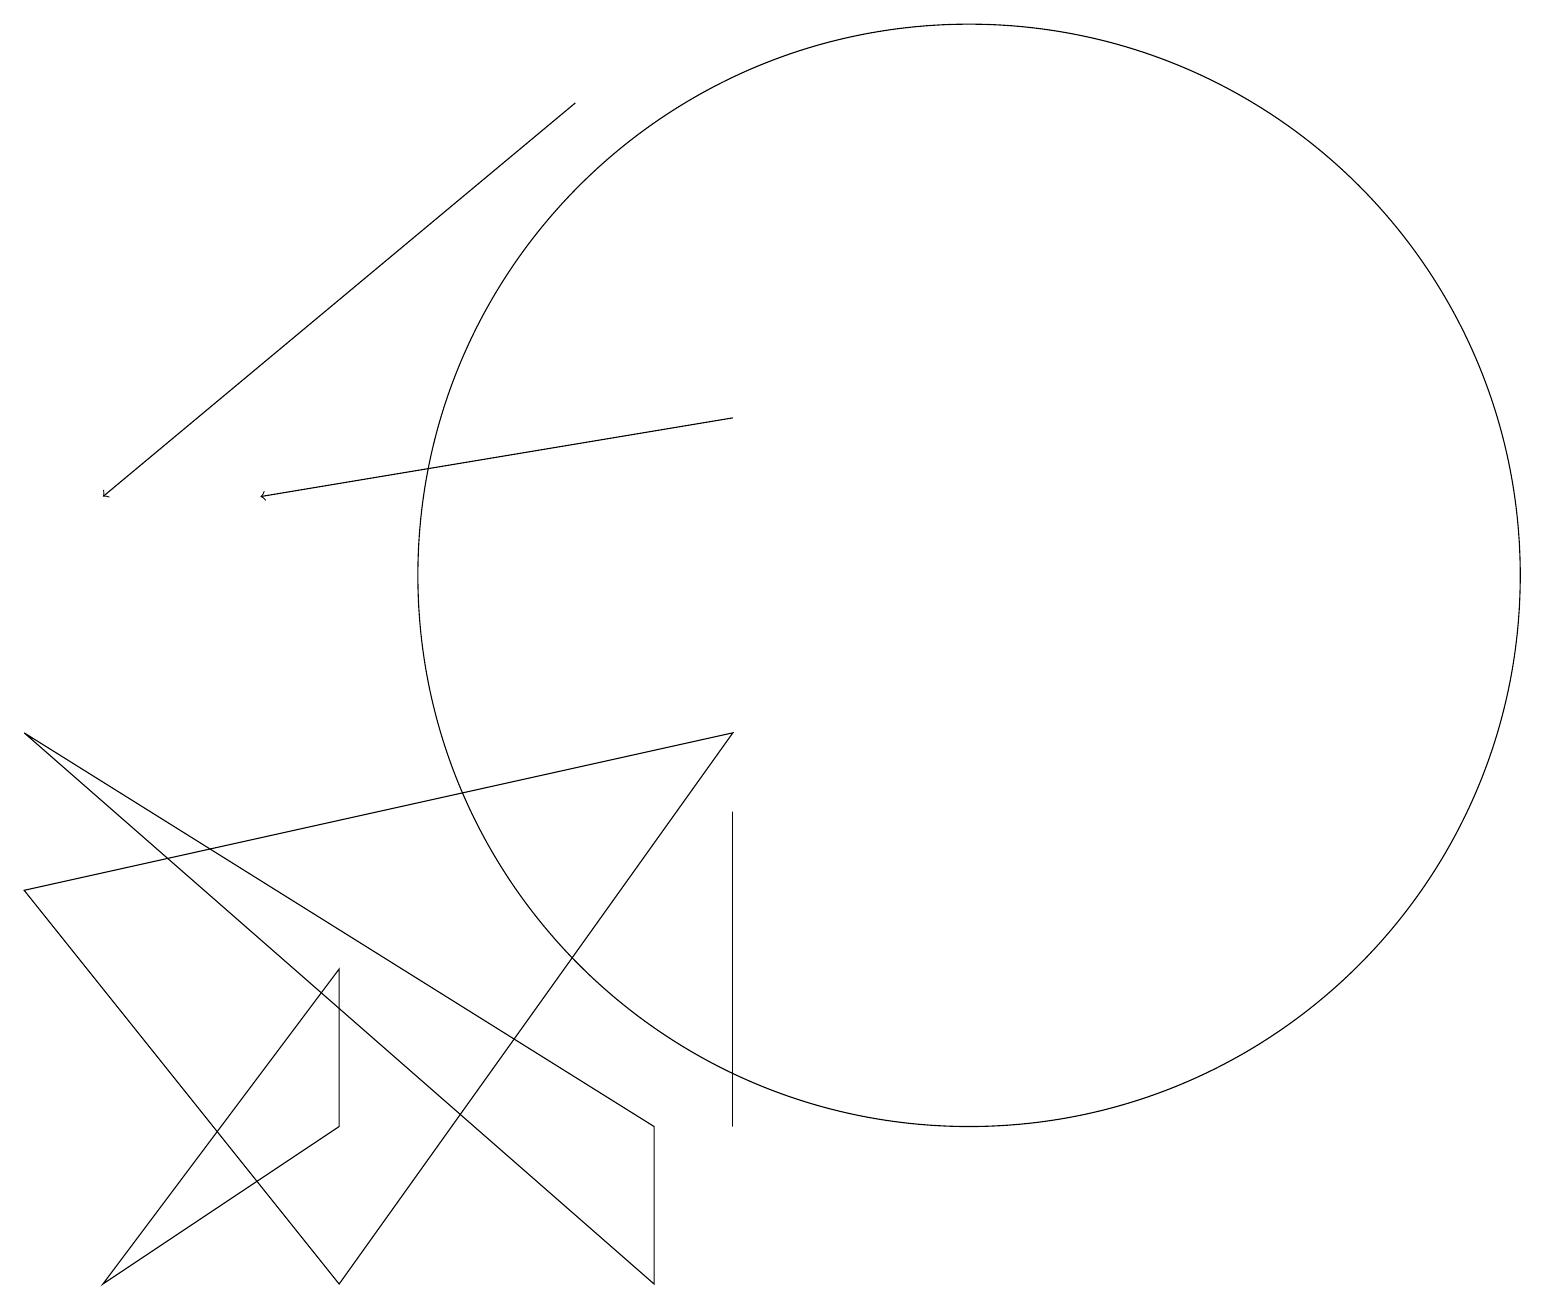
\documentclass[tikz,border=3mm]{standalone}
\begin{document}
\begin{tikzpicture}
\draw[->] (9,12) -- (3,11);
\draw (12,10) circle (7);
\draw[->] (7,16) -- (1,11);
\draw (1,1) -- (4,5) -- (4,3) -- cycle;
\draw (8,1) -- (0,8) -- (8,3) -- cycle;
\draw (9,3) -- (9,6) -- (9,7) -- cycle;
\draw (0,6) -- (4,1) -- (9,8) -- cycle;
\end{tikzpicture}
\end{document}